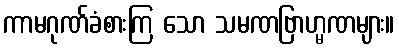
ကာမဂုဏ်ခံစားကြ သော သမဏဗြာဟ္မဏများ။